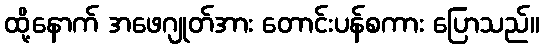
ထို့နောက် အဖေဂျုတ်အား တောင်းပန်စကား ပြောသည်။